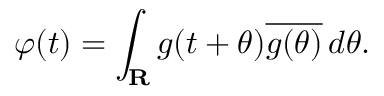
\varphi ( t ) = \int _ { \mathbf { R } } g ( t + \theta ) { \overline { { g ( \theta ) } } } \, d \theta .